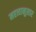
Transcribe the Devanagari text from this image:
महत्त्वानुसार